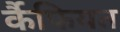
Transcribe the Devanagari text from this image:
र्कैफियत